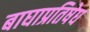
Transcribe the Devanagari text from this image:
बाघाप्रतिषेघ